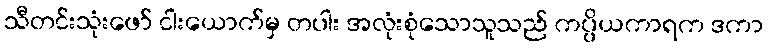
သီတင်းသုံးဖော် ငါးယောက်မှ တပါး အလုံးစုံသောသူသည် ကပ္ပိယကာရက ဒကာ